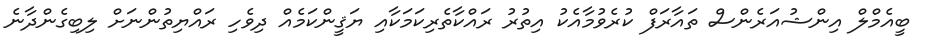
ބީއެމްލް އިންޝުއަރެންސް ތައާރަފް ކުރެވުމާއެކު އިތުރު ރައްކާތެރިކަމަކާއި ޔަޤީންކަމެއް ދިވެހި ރައްޔިތުންނަށް ލިބިގެންދާނެ